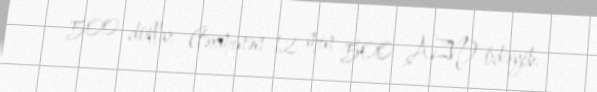
500 dollar (təxminən 12 min 500 AZN) ödəyib.